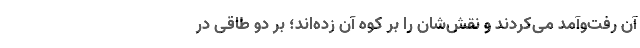
آن رفت‌وآمد می‌کردند و نقش‌شان را بر کوه آن زده‌اند؛ بر دو طاقی در